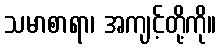
သမာစာရာ၊ အကျင့်တို့ကို။